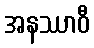
အနဿာဝီ